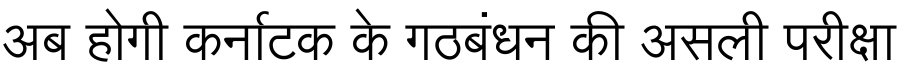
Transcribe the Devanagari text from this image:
अब होगी कर्नाटक के गठबंधन की असली परीक्षा